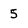
Character: 5